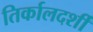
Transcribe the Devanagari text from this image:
तिर्कालदर्शी